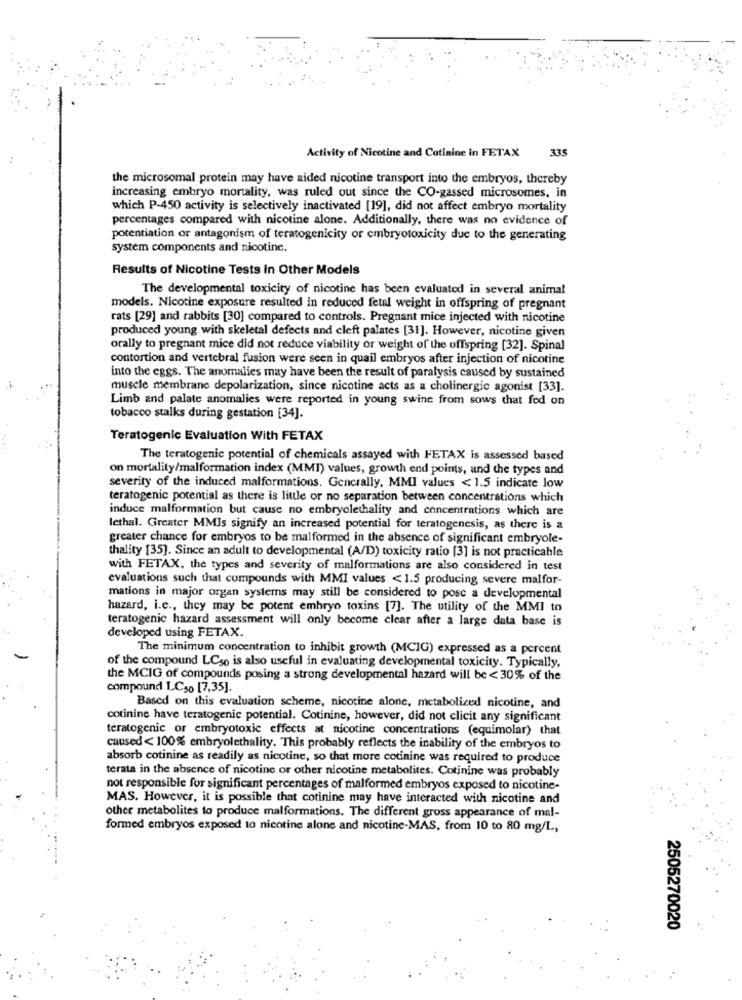
Activity of Nicotine and Cotinine in FETAX
335
the microsomal protein may have aided nicotine transport into the embryos, thereby
increasing embryo mortality, was ruled out since the CO-gassed microsomes, in
which P-450 activity is selectively inactivated [19], did not affect embryo mortality
percentages compared with nicotine alone. Additionally, there was no evidence of
potentiation or antagonism of teratogenicity or embryotoxicity due to the generating
system components and nicotine.
Results of Nicotine Tests in Other Models
The developmental toxicity of nicotine has been evaluated in several animal
models. Nicotine exposure resulted in reduced fetal weight in offspring of pregnant
rats [29] and rabbits [30] compared to controls. Pregnant mice injected with nicotine
produced young with skeletal defects and cleft palates [31]. However, nicotine given
orally to pregnant mice did not reduce viability or weight of the offspring [32]. Spinal
contortion and vertebral fusion were seen in quail embryos after injection of nicotine
into the eggs. The anomalies may have been the result of paralysis caused by sustained
muscle membrane depolarization, since nicotine acts as a cholinergic agonist [33].
Limb and palate anomalies were reported in young swine from sows that fed on
tobacco stalks during gestation [34].
Teratogenic Evaluation With FETAX
The teratogenic potential of chemicals assayed with FETAX is assessed based
on mortality/malformation index (MMI) values, growth end points, and the types and
severity of the induced malformations. Generally, MMI values < 1.5 indicate low
teratogenic potential as there is little or no separation between concentrations which
induce malformation but cause no embryolethality and concentrations which are
lethal. Greater MMIs signify an increased potential for teratogenesis, as there is a
greater chance for embryos to be malformed in the absence of significant embryole-
thality [35]. Since an adult to developmental (A/D) toxicity ratio [3] is not practicable
with FETAX, the types and severity of malformations are also considered in test
evaluations such that compounds with MMI values <1.5 producing severe malfor-
mations in major organ systems may still be considered to pose a developmental
hazard, i.e ., they may be potent embryo toxins [7]. The utility of the MMI to
teratogenic hazard assessment will only become clear after a large data base is
developed using FETAX.
The minimum concentration to inhibit growth (MCIG) expressed as a percent
of the compound LCso is also useful in evaluating developmental toxicity. Typically,
the MCIG of compounds posing a strong developmental hazard will be <30% of the
compound LC50 [7,35].
Based on this evaluation scheme, nicotine alone, metabolized nicotine, and
cotinine have teratogenic potential. Cotinine, however, did not clicit any significant
teratogenic or embryotoxic effects at nicotine concentrations (equimolar) that
caused < 100% embryolethality. This probably reflects the inability of the embryos to
absorb cotinine as readily as nicotine, so that more cotinine was required to produce
terata in the absence of nicotine or other nicotine metabolites. Cotinine was probably
not responsible for significant percentages of malformed embryos exposed to nicotine-
MAS. However, it is possible that cotinine may have interacted with nicotine and
other metabolites to produce malformations. The different gross appearance of mal-
formed embryos exposed to nicotine alone and nicotine-MAS, from 10 to 80 mg/L,
2505270020